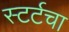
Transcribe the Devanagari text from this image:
स्टर्टचा